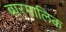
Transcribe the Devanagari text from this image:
बारमालिक